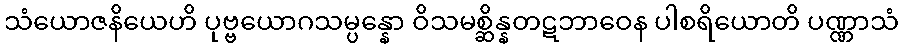
သံယောဇနိယေဟိ ပုဗ္ဗယောဂသမ္ပန္နော ဝိသမစ္ဆိန္နတဋဘာဝေန ပါစရိယောတိ ပဏ္ဏာသံ